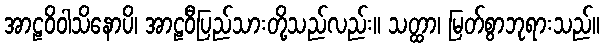
အာဠဝိဝါသိနောပိ၊ အာဠဝီပြည်သားတို့သည်လည်း။ သတ္ထာ၊ မြတ်စွာဘုရားသည်။